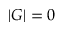
| G | = 0